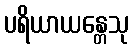
ပရိယာယန္တေသု